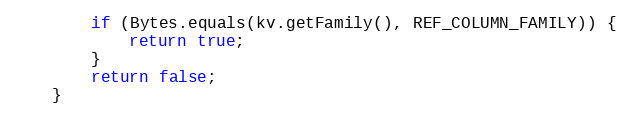
Language: Java
        if (Bytes.equals(kv.getFamily(), REF_COLUMN_FAMILY)) {
            return true;
        }
        return false;
    }